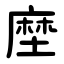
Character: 塺